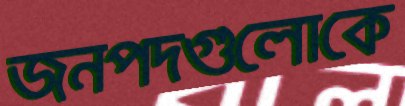
জনপদগুলোকে